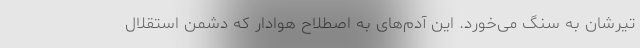
تیرشان به سنگ می‌خورد. این آدم‌های به اصطلاح هوادار که دشمن استقلال